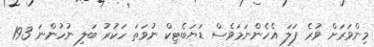
މިންވަރަށް ވުރެ ފަލަ އެހެންނަމަވެސް ޑަޔަބެޓިކް ނުވަތަ ހަކުރު ބަލި ނުހުންނަ 193